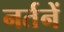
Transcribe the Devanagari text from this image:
नर्तनें